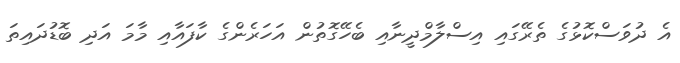
އެ ދުވަސްކޮޅުގެ ތެރޭގައި އިސްލާމްދީނާއި ބެހޭގޮތުން އަހަރެންގެ ކާފައާއި މާމަ އަދި ބޮޑުދައިތަ